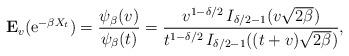
LaTeX: \begin{align*}{\bf E}_v({\rm e}^{-\beta X_t}) = \frac{\psi_{\beta}(v)}{\psi_{\beta}(t)}= \frac{v^{1-\delta/2}\,I_{\delta/2-1}(v\sqrt{2\beta})}{t^{1-\delta/2}\,I_{\delta/2-1}((t+v)\sqrt{2\beta})},\end{align*}